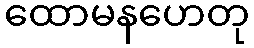
ထောမနဟေတု